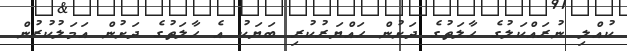
ކުއްލި ނުރައްކަލުގެ ހާލަތުގެ ދަށުން ހައްޔަރުކުރި ބަޔަކު އެ ހާލަތުގެ ދަށުން އަމަލުކުރުން